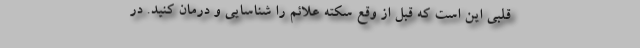
قلبی این است که قبل از وقع سکته علائم را شناسایی و درمان کنید. در